Annual returns of the Patna Lunatic Asylum at Bankipore in Bihar and Orissa - 1912-1924
Year: 1912
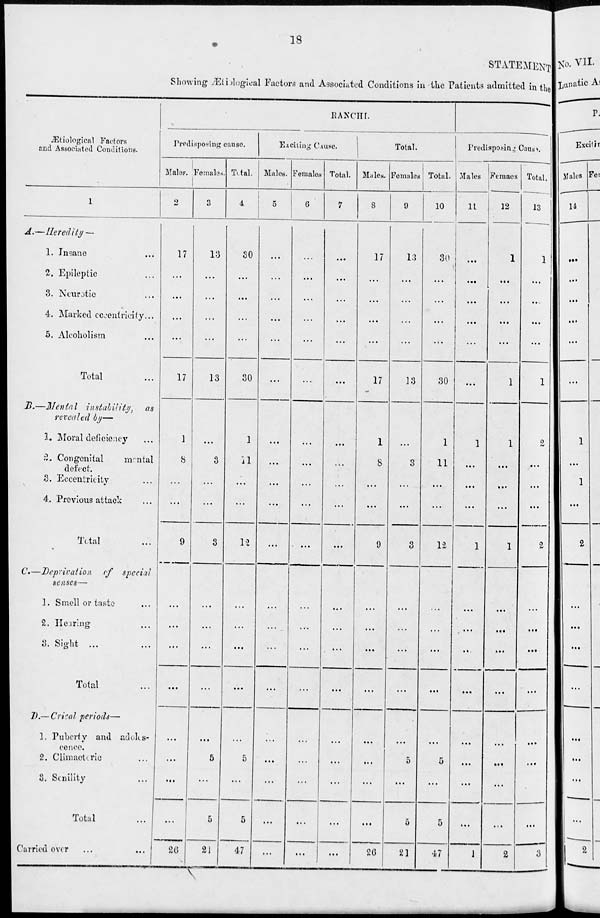
18
STATEMENT
Showing Ætiological Factors and Associated Conditions in the Patients admitted in the
Ætiological Factors
and Associated Conditions.
1
A.—Heredity —
1. Insane ...
2. Epileptic ...
3. Neurotic ...
4. Marked eccentricity...
5. Alcoholism ...
Total ...
B.—Mental
instability,
as
revealed by—
1. Moral deficiency ...
2. Congenital
mental
defect.
3. Eccentricity ...
4. Previous attack ...
Total ...
C.—Deprivation
of special
tenses—
1. Smell or taste ...
2. Hearing ...
3. Sight ... ...
Total ...
D.— Crical periods—
1. Puberty and adohs¬
cence.
2. Climacteric ...
3. Senility ...
Total ...
Carried over ... ...
RANCHI.
Predisposing cause.
Males.
2
17
...
...
...
...
17
1
8
...
...
9
...
...
...
...
...
...
...
...
26
Females.
3
13
...
...
...
...
13
...
3
...
...
3
...
...
...
...
...
5
...
5
21
Total.
4
30
...
...
...
...
30
1
11
...
...
12
...
...
...
...
...
5
...
5
47
Exciting Cause.
Males.
5
...
...
...
...
...
...
...
...
...
...
...
...
...
...
...
...
...
...
...
...
Females.
6
...
...
...
...
...
...
...
...
...
...
...
...
...
...
...
...
...
...
...
...
Total.
7
...
...
...
...
...
...
...
...
...
...
...
...
...
...
...
...
...
...
...
...
Total.
Males.
8
17
...
...
...
...
17
1
8
...
...
9
...
...
...
...
...
...
...
...
26
Females.
9
13
...
...
...
...
13
...
3
...
...
3
...
...
...
...
...
5
...
5
21
Total.
10
30
...
...
...
...
30
1
11
...
...
12
...
...
...
...
...
5
...
5
47
Predisposing Cause.
Males.
11
...
...
...
...
...
...
1
...
...
...
1
...
...
...
...
...
...
...
...
1
Females.
12
1
...
...
...
...
1
1
...
...
...
1
...
...
...
...
...
...
...
...
2
Total.
13
1
...
...
...
...
1
2
...
...
...
2
...
...
...
...
...
...
...
...
3